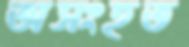
অসংহত